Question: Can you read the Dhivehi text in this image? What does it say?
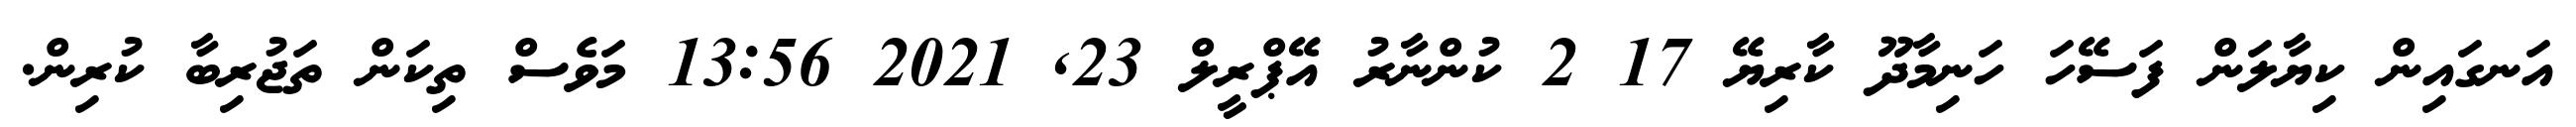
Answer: އަނގައިން ކިޔާލަން ފަސޭހަ ހަނިމާދޫ ކާރިޔޭ 17 2 ކުންނާރު އޭޕްރީލް 23, 2021 13:56 މަވެސް ތިކަން ތަޖުރިބާ ކުރިން.